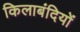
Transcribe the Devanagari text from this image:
किलाबंदियों